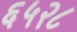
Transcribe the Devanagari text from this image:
६५२८